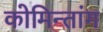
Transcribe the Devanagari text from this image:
कोमिन्तांग